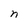
Character: n